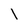
Character: 1